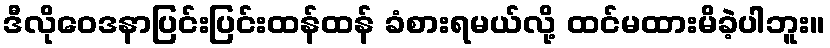
ဒီလိုဝေဒနာပြင်းပြင်းထန်ထန် ခံစားရမယ်လို့ ထင်မထားမိခဲ့ပါဘူး။